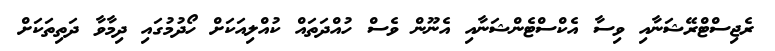
ރެޖިސްޓްރޭޝަނާއި ވިސާ އެކްސްޓެންޝަނާއި އެނޫން ވެސް ހުއްދަތައް ކުއްލިއަކަށް ހޯދުމުގައި ދިމާވާ ދަތިތަކަށް